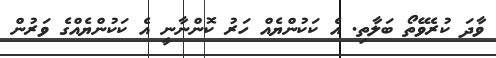
ވާދަ ކުރެވޭތޯ ބަލާތި. އެ ކަކުންޔެއް ހަރު ކޮންނާނީ އެ ކަކުންޔެއްގެ ވަރުން